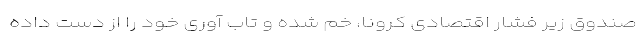
صندوق زیر فشار اقتصادی کرونا، خم شده و تاب آوری خود را از دست داده